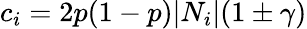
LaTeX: c_{i}=2p(1-p)|N_{i}|(1\pm\gamma)